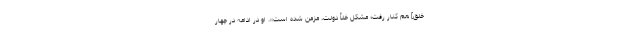
خلق] هم كنار رفت؛ مشكل خلأ دولت، مزمن شده است». او در ادامه در چهار